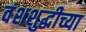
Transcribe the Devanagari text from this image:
वंशशुद्धीच्या